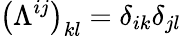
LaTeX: \left(\Lambda^{ij}\right)_{kl}=\delta_{ik}\delta_{jl}